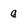
Character: q